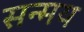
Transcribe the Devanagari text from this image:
सन्मय